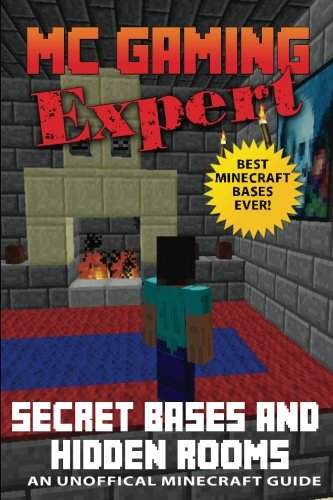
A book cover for Secret Bases & Hidden Rooms: Unofficial Minecraft Guide (MC Gaming Expert - Unoffical Minecraft Guides) (Volume 3); Terry Mayer; Children's Books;